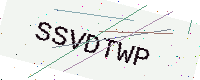
Text: SSVDTWP